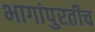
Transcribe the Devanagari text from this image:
भागांपुरतीच